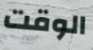
الوقت